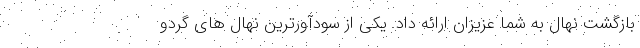
بازگشت نهال به شما عزیزان ارائه داد. یکی از سودآورترین نهال های گردو